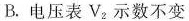
B.电压表V_{2}示数不变